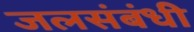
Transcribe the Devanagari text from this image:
जलसंबंधी